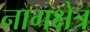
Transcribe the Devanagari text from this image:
नागक्षेत्र